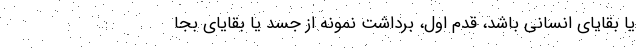
یا بقایای انسانی باشد، قدم اول، برداشت نمونه از جسد یا بقایای بجا